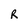
Character: R